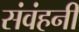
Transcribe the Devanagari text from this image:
संवंहनी